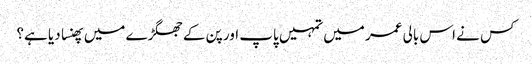
کس نے اس بالی عمر میں تمہیں پاپ اور پن کے جھگڑے میں پھنسا دیا ہے؟